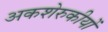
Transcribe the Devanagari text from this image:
अकशेरुकीयों